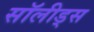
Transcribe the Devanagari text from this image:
सॉलीड्स